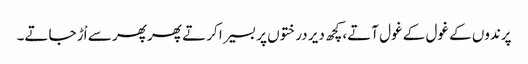
پرندوں کے غول کے غول آتے،کچھ دیر درختوں پر بسیرا کرتے پھر پھر سے اْڑ جاتے۔